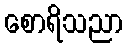
စောရိသညာ